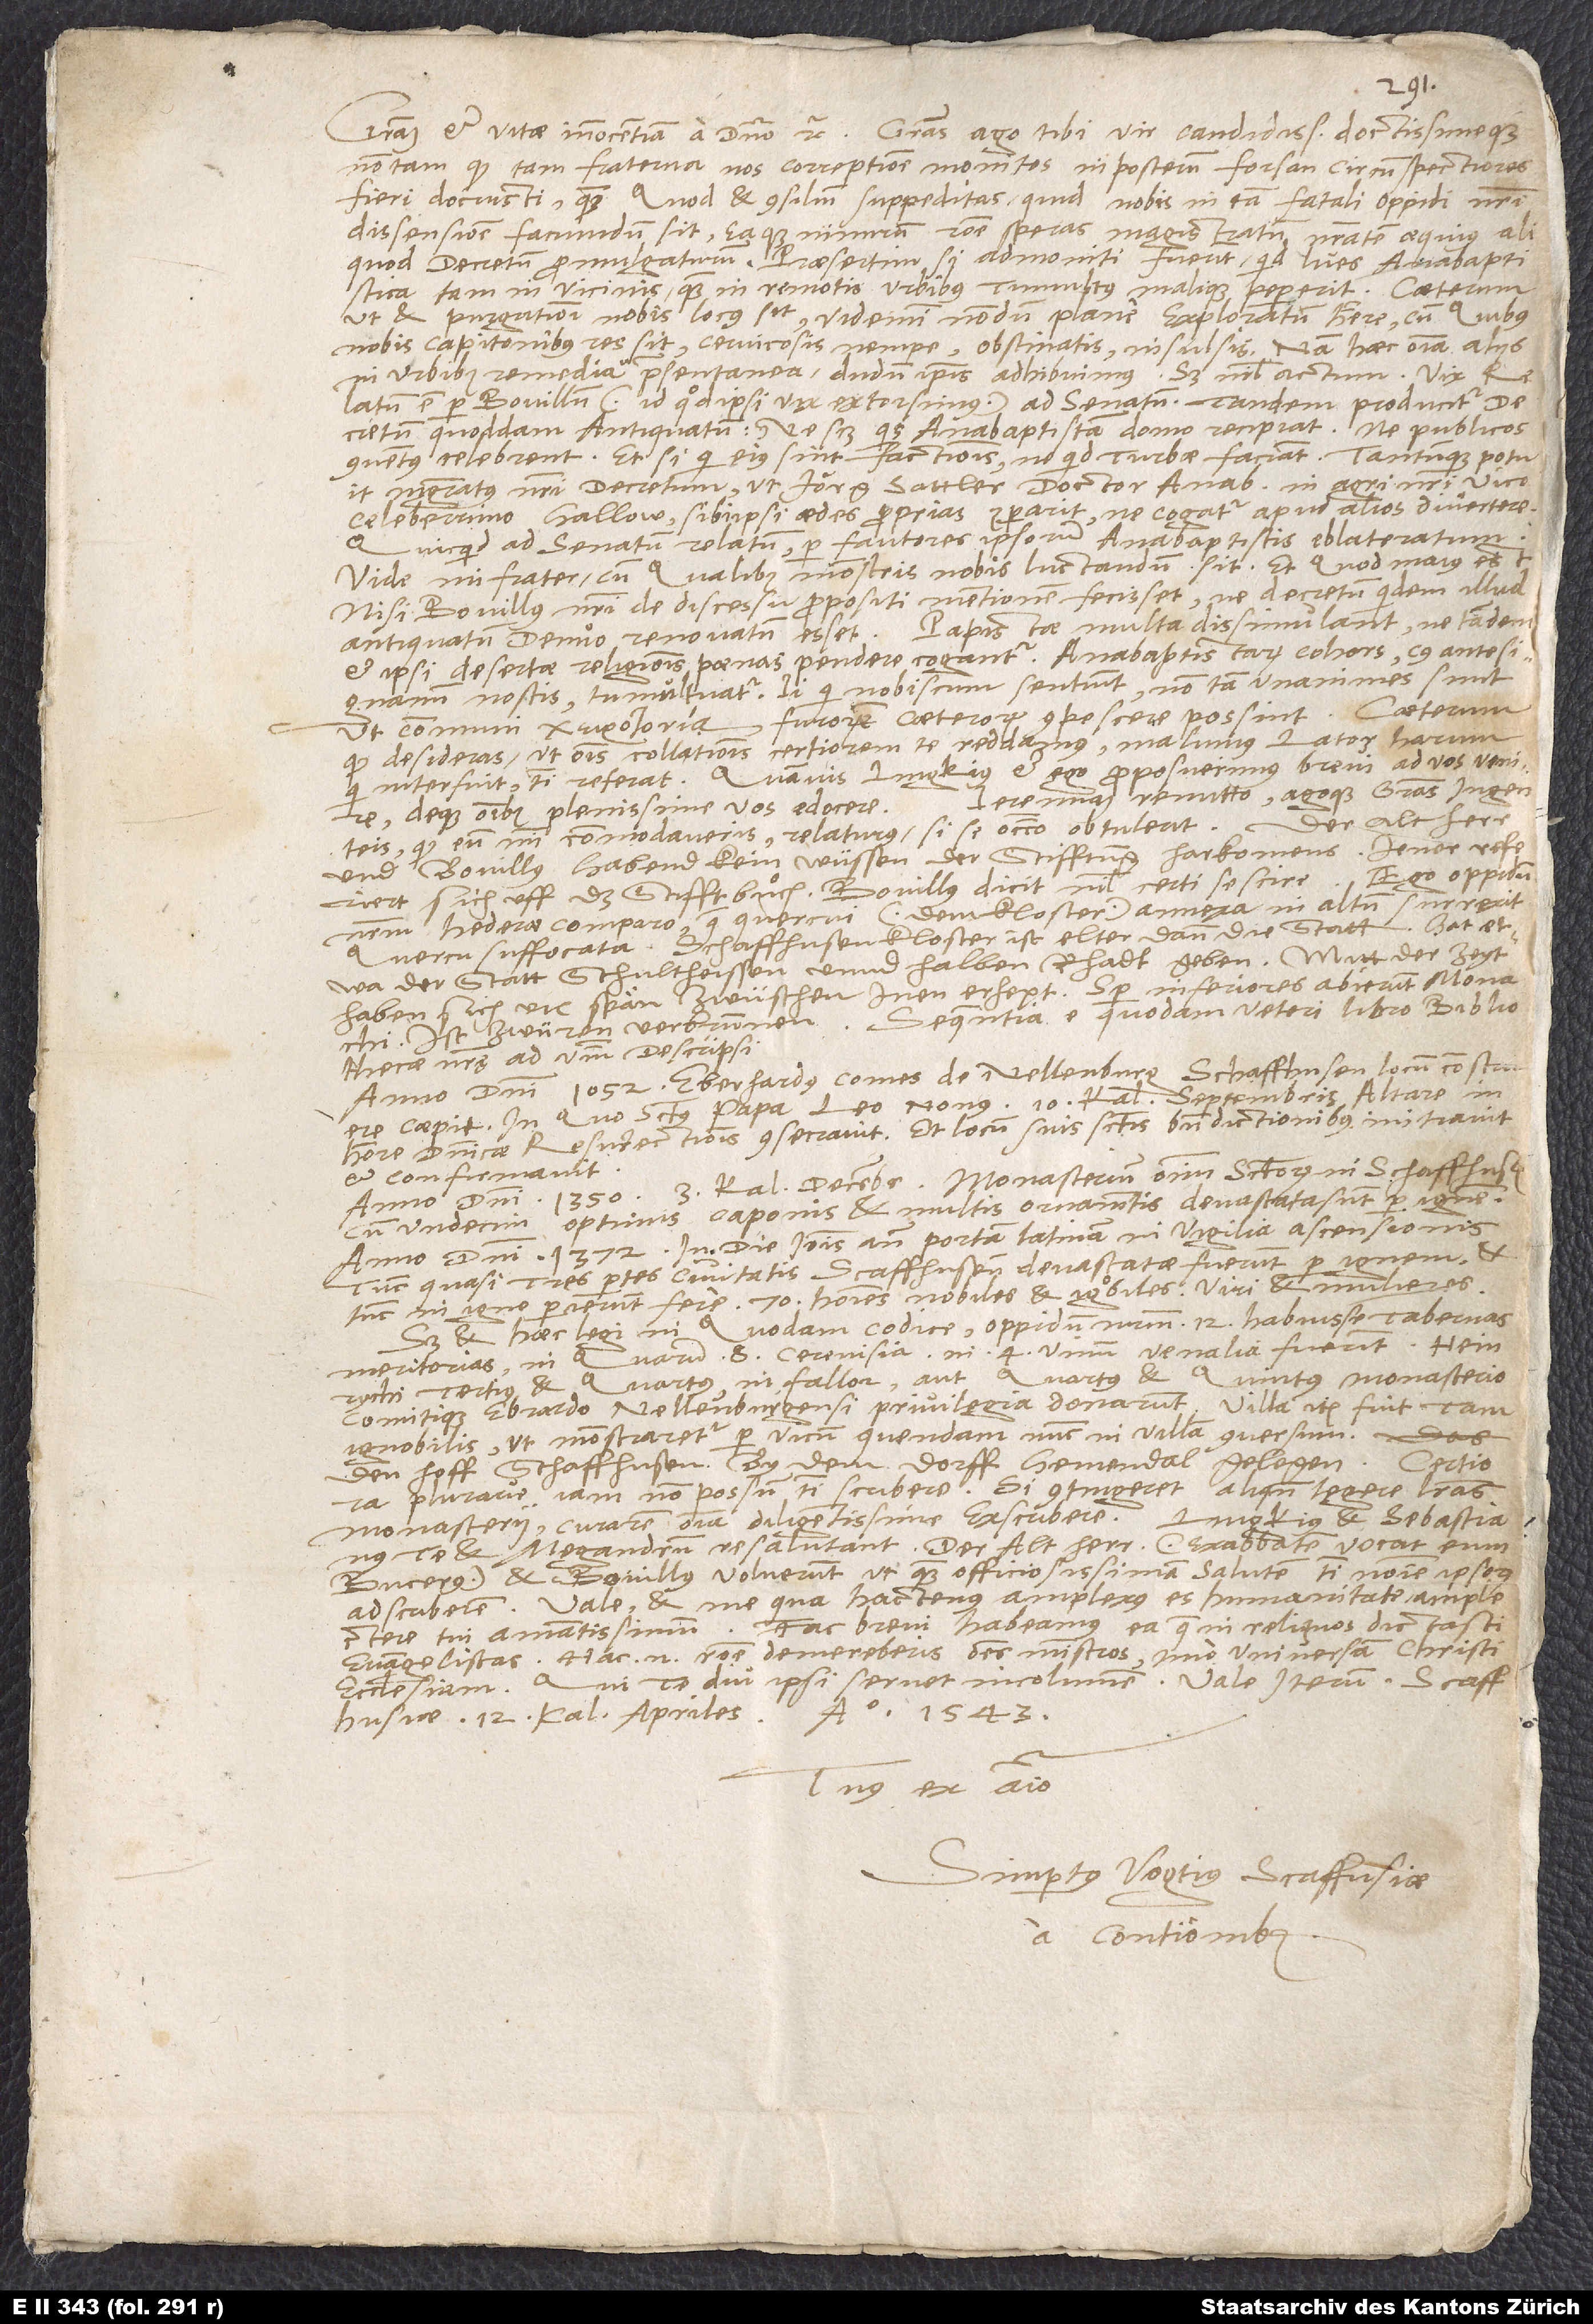
d.

Gratiam et vitae innocentiam a domino etc. Gratias ago tibi, vir candidissime doctissimeque,
non tam, quod tam fraterna nos correptione monitos in posterum forsan circumspectiores
fieri docuisti, quam quod et consilium suppeditas, quid nobis in tam fatali oppidi nostri
dissensione faciundum sit, eaque nimirum ratione speras magistratum nostratem aequius aliquod
decretum promulgaturum, praesertim si admoniti fuerint, quid lues anabaptistica
tam in vicinis quam in remotis urbibus tumultus malique peperit. Caeterum,
ut et purgationi nobis locus sit, videmini nondum plane exploratum habere, cum quibus
nobis capitonibus res sit, cervicosis nempe, obstinatis, insulsis. Nam haec omnia aliis
in urbibus remedia praesentanea dudum ipsis adhibuimus, sed nihil actum. Vix
relatum est per Bovillum (id quod ipsi vix extorsimus) ad senatum. Tandem producitur
decretum quoddam antiquatum, ne scilicet quis anabaptistam domo recipiat, ne publicos
conventus celebrent, et si qui eius sint factionis, ne quid turbae faciant. Tantumque potuit
magistratus nostri decretum, ut Jörg Sattler, doctor anabaptistarum, in agri nostri vico
celeberrimo Hallow sibi ipsi aedes proprias comparavit, ne cogatur apud alios divertere.
Quicquid ad senatum relatum, per fautores ipsorum anabaptistis eblateratum.
Vide, mi frater, cum qualibus monstris nobis luctandum sit, et quod maius est,
nisi Bovillus nostri de discessu propositi mentionem fecisset, ne decretum quidem illud
Papistae multa dissimulant, ne tandem
antiquatum denuo renovatum esset.
et ipsi desertae religionis poenas pendere cogantur. Anabaptistarum cohors, cuius antesignanum
nostis, tumultuatur. Ii, qui nobiscum sentiunt, non tam unanimes sunt,
furorem caeterorum compescere possint. Caeterum,
ut communi
quod desideras, ut omnis collationis certiorem te reddamus, malumus latorem harum,
qui interfuit, tibi referat, quamvis Lingkius et ego proposuerimus brevi ad vos venire
Ieremiam remitto agoque gratias ingenteis,
deque omnibus plenissime vos edocere.
Der alt herr
quod eum mihi commodaveris, relaturus, si se occasio obtulerit.
und Bovillus habend kein wüssen der stifftung harkomens. Jener referiert
Ego oppidum
nostrum hederae comparo, quae quercui () annexa in altum surrexit
quercu suffocata. Schaffhusen kloster ist elter dann die statt, hat etwa
der statt schultheissen unnd halben rhadt geben. Mitt der zeyt
haben sich vil spän zwüschen inen erhept. Semper inferiores abierunt monachi.
Ist zwüren verbrunnen. Sequentia e quodam veteri libro bibliothecae
nostrę ad verbum descripsi:
„Anno domini 1052 Eberhardus comes de Nellenburg Schaffhusen locum construere
coepit, in quo sanctus papa Leo nonus 10. kalendas septembris altare in
honore dominicae resurrectionis consecravit et locum suis sanctis benedictionibus initiavit
et confirmavit.“
„Anno domini 1350 3. kalendas decembris monasterium omnium sanctorum in Schaffhusen
cum undecim optimis caponis et multis ornamentis devastata sunt per ignem.“
„Anno domini 1372 in die Ioannis ante portam Latinam in vigilia ascensionis
tunc quasi tres partes civitatis Scaffhusensis devastatae fuerunt per ignem
tunc in igne perierunt fere 70 homines nobiles et ignobiles, viri et mulieres.“
quodam codice: oppidum nostrum 12 habuisse tabernas
Sed et haec legi in
meritorias, in quarum 8 cerevisia, in 4 vinum venalia fuerunt. Heinrychi
tertius et quartus, ni fallor, aut quartus et quintus monasterio
comitique Ebrardo Nellenburgensi privilegia donarunt. Villa item fuit tam
das
ignobilis, ut monstraretur per vicum quendam nunc in villam conversum,
plurave iam non possum tibi scribere. Si contingeret aliquando legere literas
monasterii, curarem omnia diligentissime exscribere. Lingkius et Sebastianus
te et Megandrum resalutant. (exabbatem vocat eum
Bucerus) et Bovillus voluerunt, ut quam officiosissimam salutem tibi nomine ipsorum
adscriberem. Vale et me, qua hactenus amplexus es humanitate, amplectere
tui amantissimum. Fac, brevi habeamus ea, quae in reliquos dictasti
evangelistas; hac enim ratione demereberis omnes ministros, imo universam Christi
ecclesiam, qui te diu ipsi servet incolumem. Vale iterum.
anno 1543.
Scaffhusiae, 12. kalendas apriles
Tuus ex animo
Simpertus Vogtius, Scaffhusiae
a contionibus.